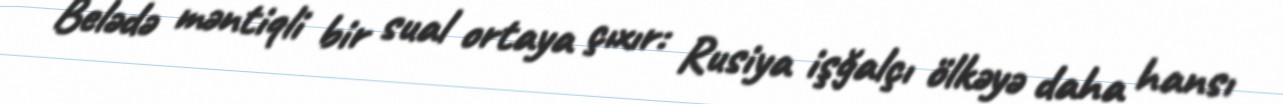
Belədə məntiqli bir sual ortaya çıxır: Rusiya işğalçı ölkəyə daha hansı